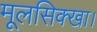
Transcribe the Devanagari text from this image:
मूलसिक्खा।